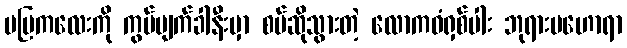
မမြကလေးကို ကွပ်မျက်ခါနီးမှာ စပ်ဆိုသွားတဲ့ လောကဓံရှစ်ပါး ဘုရားပဟောရာ